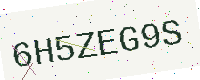
Text: 6H5ZEG9S